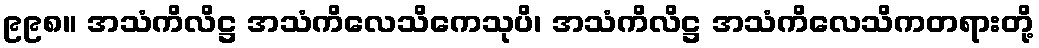
၉၉၈။ အသံကိလိဋ္ဌ အသံကိလေသိကေသုပိ၊ အသံကိလိဋ္ဌ အသံကိလေသိကတရားတို့